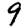
Digit: 9